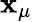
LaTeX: \mathbf{x}_{\mu}